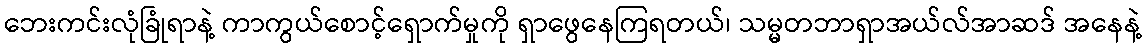
ဘေးကင်းလုံခြုံရာနဲ့ ကာကွယ်စောင့်ရှောက်မှုကို ရှာဖွေနေကြရတယ်၊ သမ္မတဘာရှာအယ်လ်အာဆဒ် အနေနဲ့